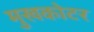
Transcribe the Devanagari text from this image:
मुखकोटर